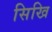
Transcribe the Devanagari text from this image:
सिखि